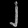
Digit: ၂